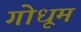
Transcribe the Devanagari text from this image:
गोधूम